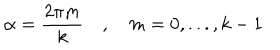
\alpha = \frac { 2 \pi m } { k } \quad , \quad m = 0 , . . . , k - 1